Vaccination in the Punjab 1867-1880 - 1867-1880
Year: 1867
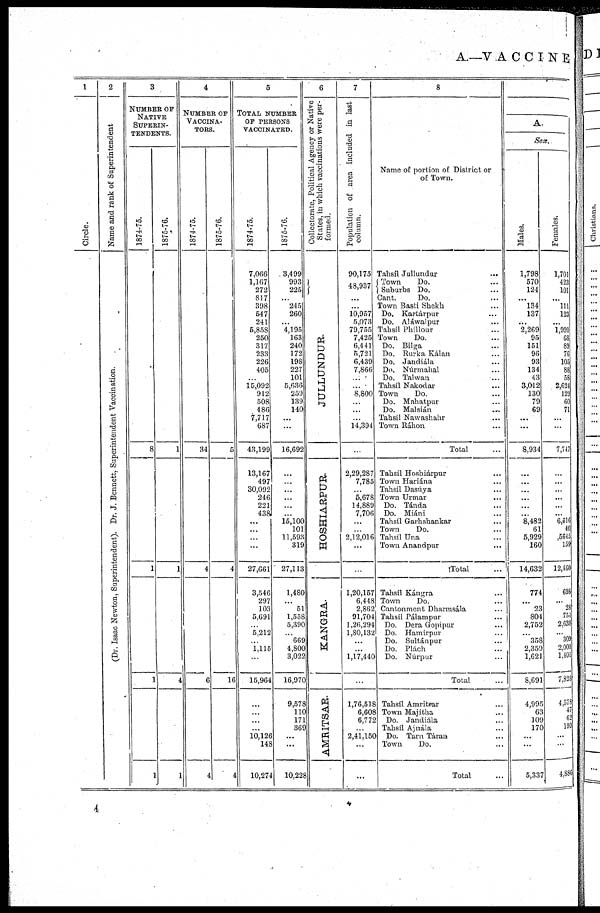
A.—VACCINE
1
Ci r cl e.
2
Na me and rank of Superintendent
(Dr. Isaac Newton, Superintendent). Dr. J. Bennett, Superintendent Vaccination.
3
NUMBER OF
NATIVE
SUPERIN-
---------
1874-75.
8
1
1
1
1875-76.
1
1
4
1
4
NUMBER OF
VACCINA-
----.
1874-75.
34
4
6
4
1875-76.
5
4
16
4
5
TOTAL NUMBER
OF PERSONS
VACCINATED.
1874-75.
7,066
1,167
272
817
398
547
241
5,858
250
317
233
226
405
...
15,092
912
508
486
7,717
687
43,199
13,167
497
30,092
246
221
438
...
...
...
...
27,661
3,546
297
103
5,691
...
5,212
...
1,115
...
15,964
...
...
...
...
10,126
148
10,274
1875-76.
3,499
993
225
...
245
260
...
4,195
163
240
172
198
227
101
5,636
259
139
140
...
...
16,692
...
...
...
...
...
...
15,100
101
11,593
319
27,113
1,480
...
51
1,558
5,390
...
669
4,800
3,022
16,970
9,578
110
171
369
...
...
10,228
6
Col l
ect or at e, Pol i t i cal Age nc y or Nat i
ve
St at es, in w h i c h v a c c i n a t i o n s w e r e per ¬
formed.
JULLUNDUR.
HOSHIARPUR.
KANGRA.
AMRITSAR.
7
Popul at i
on of a r e a i n c l u d e d in last
column.
90,175
48,937
... ...
10,957
5,073
79,755
7,425
6,441
5,721
6,439
7,866
...
...
8,800
...
...
...
14,394
...
2,29,287
7,785
...
5,678
14,889
7,706
...
...
2,12,016
...
...
1,20,157
6,448
2,862
91,704
1,26,294
1,80,132
...
...
1,17,440
...
1,76,518
6,608
6,772
...
2,41,150
...
...
8
Name of portion of District or
of Town.
Tahsíl Jullundur ...
Town
Do. ...
Suburbs Do. ...
Cant.
Do. ...
Town Basti Shekh ...
Do. Kartárpur ...
Do. Aláwalpur ...
Tahsíl Phillour ...
Town
Do. ...
Do. Bilga ...
Do. Rurka Kálan ...
Do. Jandiála ...
Do. Núrmahal ...
Do. Talwan ...
Tahsíl Nakodar ...
Town
Do. ...
Do. Mahatpur ...
Do. Malsián
...
Tahsíl Nawashahr ...
Town Ráhon ...
Total ...
Tahsíl Hoshiá ...
Town Hariána ...
Tahsíl Dasúya ...
Town Urmar ...
Do. Tánda ...
Do. Miáni ...
Tahsíl Garhshankar ...
Town
Do. ...
Tahsíl Una ...
Town Anandpur ...
Total ...
Tahsíl Kángra ...
Town
Do. ...
Cantonment Dharmsála ...
Tahsíl Pálampur ...
Do. Dera Gopipur ...
Do. Hamirpur ...
Do. Sultánpur ...
Do. Plách ...
Do. Núrpur ...
Total ...
Tahsíl Amritsar ...
Town Majitha ...
Do. Jandiála ...
Tahsíl Ajnála ...
Do. Tarn Táran ...
Town
Do. ...
Total ...
A.
Sex.
Males.
1,798
570
124
...
134
137
...
2,269
95
151
96
93
134
43
3,012
130
79
69
...
...
8,934
...
...
...
...
...
...
8,482
61
5,929
160
14,632
774
...
23
804
2,752
...
358
2,359
1,621
8,691
4,995
63
109
170
...
...
5,337
Females.
1,701
423
101
...
111
123
...
1,920
68
89
76
105
88
58
2,624
129
60
71
...
...
7,747
...
...
...
...
...
...
6,616
40
,5645
159
12,460
693
...
28
754
2,638
...
309
2,000
1,101
7,828
4,578
47
62
199
...
...
4,886
4